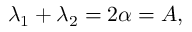
\lambda _ { 1 } + \lambda _ { 2 } = 2 \alpha = A ,